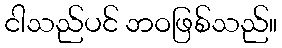
ငါသည်ပင် ဘဝဖြစ်သည်။